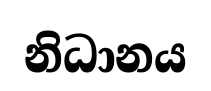
නිධානය